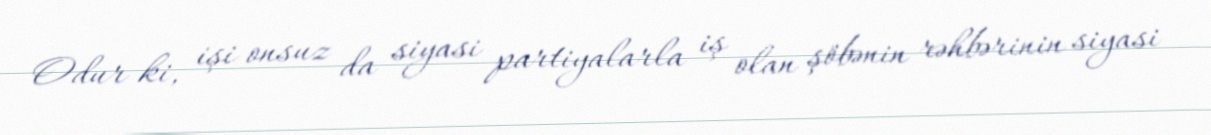
Odur ki, işi onsuz da siyasi partiyalarla iş olan şöbənin rəhbərinin siyasi